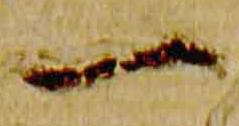
一